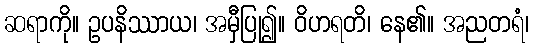
ဆရာကို။ ဥပနိဿာယ၊ အမှီပြု၍။ ဝိဟရတိ၊ နေ၏။ အညတရံ၊